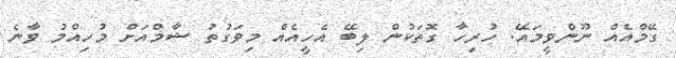
ގޭމްއެއް ނޫންވީމައޭ. ހުރިހާ ގޮތަކުން ލިބޭ އެހީއެއް މިވަގުތު ޝާމްއަށް މުހިއްމު ވާނެ